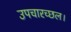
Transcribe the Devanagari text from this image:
उपचारच्छल।